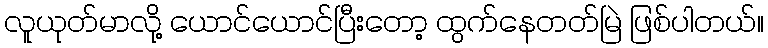
လူယုတ်မာလို့ ယောင်ယောင်ပြီးတော့ ထွက်နေတတ်မြဲ ဖြစ်ပါတယ်။